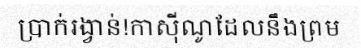
ប្រាក់រង្វាន់!កាស៊ីណូដែលនឹងព្រម